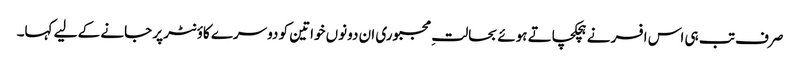
صرف تب ہی اس افسر نے ہچکچاتے ہوئے بحالتِ مجبوری ان دونوں خواتین کو دوسرے کاؤنٹر پر جانے کے لیے کہا۔